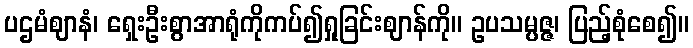
ပဌမံဈာနံ၊ ရှေးဦးစွာအာရုံကိုကပ်၍ရှုခြင်းဈာန်ကို။ ဥပသမ္ပဇ္ဇ၊ ပြည့်စုံစေ၍။